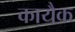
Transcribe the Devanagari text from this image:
कायैक